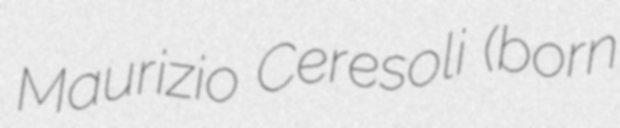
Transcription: Maurizio Ceresoli (born